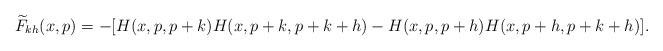
\begin{align*}\widetilde F_{kh}(x,p)=-[H(x,p,p+k)H(x,p+k,p+k+h)-H(x,p,p+h)H(x,p+h,p+k+h)].\end{align*}